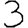
Digit: 3